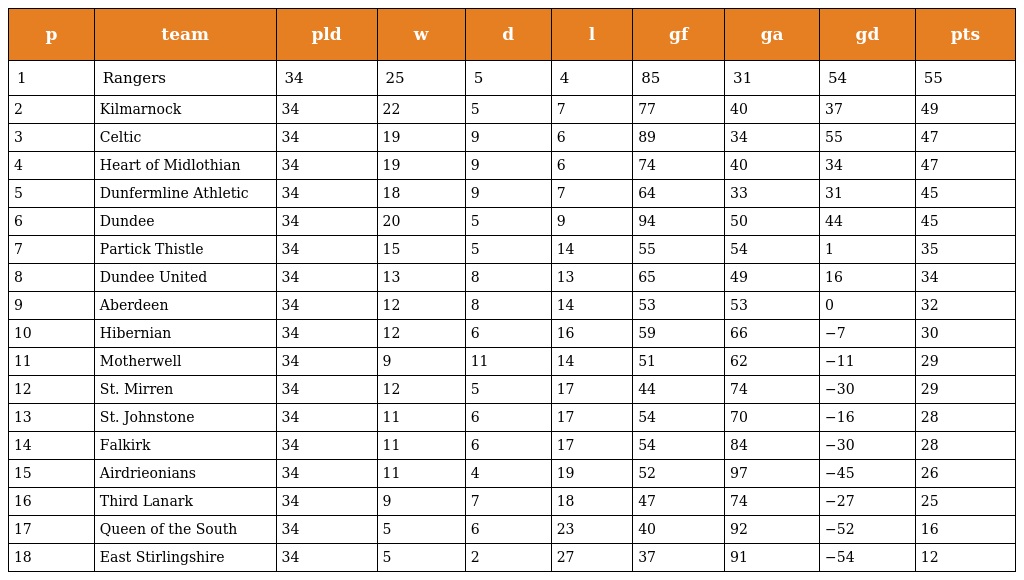
| p | team | pld | w | d | l | gf | ga | gd | pts |
 | --- | --- | --- | --- | --- | --- | --- | --- | --- | --- |
 | 1 | Rangers | 34 | 25 | 5 | 4 | 85 | 31 | 54 | 55 |
 | 2 | Kilmarnock | 34 | 22 | 5 | 7 | 77 | 40 | 37 | 49 |
 | 3 | Celtic | 34 | 19 | 9 | 6 | 89 | 34 | 55 | 47 |
 | 4 | Heart of Midlothian | 34 | 19 | 9 | 6 | 74 | 40 | 34 | 47 |
 | 5 | Dunfermline Athletic | 34 | 18 | 9 | 7 | 64 | 33 | 31 | 45 |
 | 6 | Dundee | 34 | 20 | 5 | 9 | 94 | 50 | 44 | 45 |
 | 7 | Partick Thistle | 34 | 15 | 5 | 14 | 55 | 54 | 1 | 35 |
 | 8 | Dundee United | 34 | 13 | 8 | 13 | 65 | 49 | 16 | 34 |
 | 9 | Aberdeen | 34 | 12 | 8 | 14 | 53 | 53 | 0 | 32 |
 | 10 | Hibernian | 34 | 12 | 6 | 16 | 59 | 66 | −7 | 30 |
 | 11 | Motherwell | 34 | 9 | 11 | 14 | 51 | 62 | −11 | 29 |
 | 12 | St. Mirren | 34 | 12 | 5 | 17 | 44 | 74 | −30 | 29 |
 | 13 | St. Johnstone | 34 | 11 | 6 | 17 | 54 | 70 | −16 | 28 |
 | 14 | Falkirk | 34 | 11 | 6 | 17 | 54 | 84 | −30 | 28 |
 | 15 | Airdrieonians | 34 | 11 | 4 | 19 | 52 | 97 | −45 | 26 |
 | 16 | Third Lanark | 34 | 9 | 7 | 18 | 47 | 74 | −27 | 25 |
 | 17 | Queen of the South | 34 | 5 | 6 | 23 | 40 | 92 | −52 | 16 |
 | 18 | East Stirlingshire | 34 | 5 | 2 | 27 | 37 | 91 | −54 | 12 |